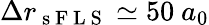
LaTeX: \Delta r_{\mathrm{~s~F~L~S~}}\simeq 50\ a_{0}